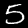
Label: 5